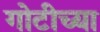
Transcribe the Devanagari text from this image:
गोटीच्या